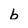
Character: b